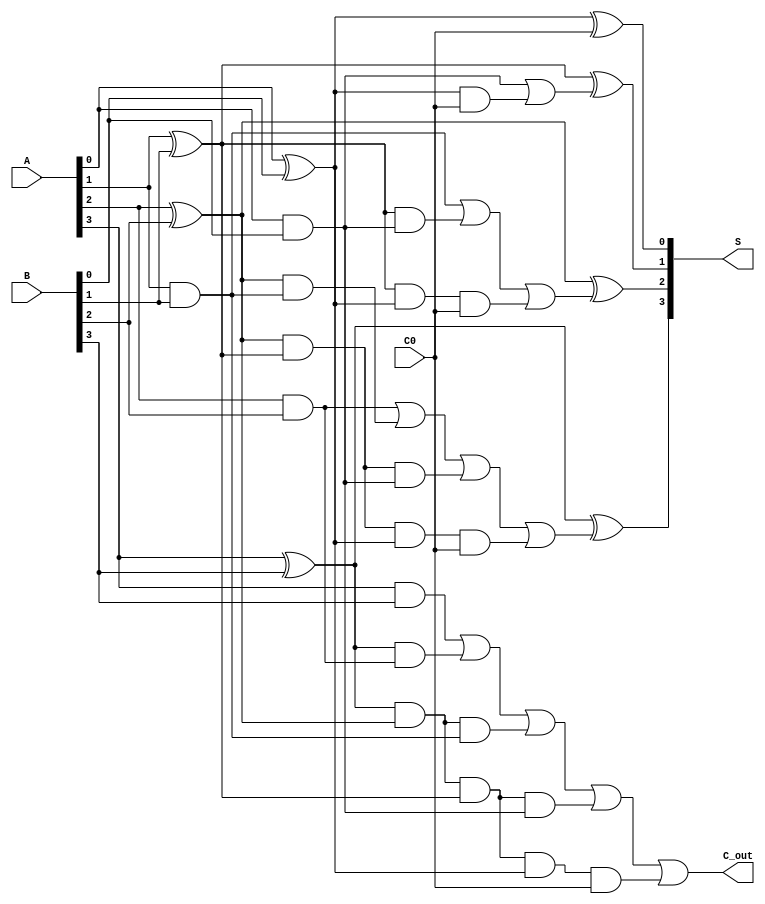
`timescale 1ns / 1ps
//////////////////////////////////////////////////////////////////////////////////
// Company: 
// Engineer: 
// 
// Design Name: 
// Module Name: Carry_look_ahead_adder
// Project Name: 
// Target Devices: 
// Tool Versions: 
// Description: 
// 
// Dependencies: 
// 
// Revision:
// Revision 0.01 - File Created
// Additional Comments:
// 
//////////////////////////////////////////////////////////////////////////////////

module four_bit_adder(A,B,C0,S,C_out);
    input [3:0] A,B;
    input C0;
    output [3:0] S;
    output C_out;
    wire [3:0] P,C,G;

    assign #10 P[0] = A[0]^B[0]; assign #10 P[1] = A[1]^B[1]; assign #10 P[2] = A[2]^B[2]; assign #10 P[3] = A[3]^B[3];
    assign #5 G[0] = A[0]&B[0]; assign #5 G[1] = A[1]&B[1]; assign #5 G[2] = A[2]&B[2]; assign #5 G[3] = A[3]&B[3];
    assign C[0] = C0;
    assign #10 C[1] = G[0]|(P[0]&C[0]);
    assign #10 C[2] = G[1]|(P[1]&G[0])|(P[1]&P[0]&C[0]);
    assign #10 C[3] = G[2]|(P[2]&G[1])|(P[2]&P[1]&G[0])|(P[2]&P[1]&P[0]&C[0]);
    assign #10 C_out = G[3]|(P[3]&G[2])|(P[3]&P[2]&G[1])|(P[3]&P[2]&P[1]&G[0])|(P[3]&P[2]&P[1]&P[0]&C[0]);
    assign #10 S[0] = P[0]^C[0];
    assign #10 S[1] = P[1]^C[1];
    assign #10 S[2] = P[2]^C[2];
    assign #10 S[3] = P[3]^C[3];
endmodule

module Carry_look_ahead_adder(A,B,S,C);
    input [31:0] A,B;
    output [31:0] S;
    output C;
    reg C0 = 1'b0;
    wire C1,C2,C3,C4,C5,C6,C7;

    four_bit_adder FBA1(A[3:0],B[3:0],C0,S[3:0],C1);
    four_bit_adder FBA2(A[7:4],B[7:4],C1,S[7:4],C2);
    four_bit_adder FBA3(A[11:8],B[11:8],C2,S[11:8],C3);
    four_bit_adder FBA4(A[15:12],B[15:12],C3,S[15:12],C4);
    four_bit_adder FBA5(A[19:16],B[19:16],C4,S[19:16],C5);
    four_bit_adder FBA6(A[23:20],B[23:20],C5,S[23:20],C6);
    four_bit_adder FBA7(A[27:24],B[27:24],C6,S[27:24],C7);
    four_bit_adder FBA8(A[31:28],B[31:28],C7,S[31:28],C);
endmodule